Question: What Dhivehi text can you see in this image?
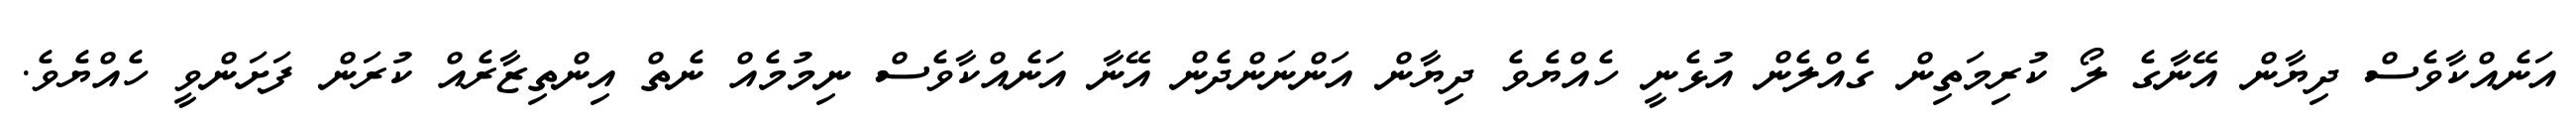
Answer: އަނެއްކާވެސް ދިޔާން އޭނާގެ ލޯ ކުރިމަތިން ގެއްލެން އުޅެނީ ހެއްޔެވެ ދިޔާން އަންނަންދެން އޭނާ އަނެއްކާވެސް ނިމުމެއް ނެތް އިންތިޒާރެއް ކުރަން ފަށަންވީ ހެއްޔެވެ.